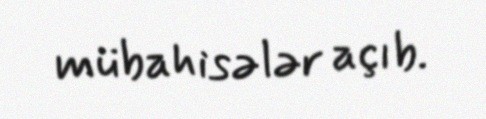
mübahisələr açıb.